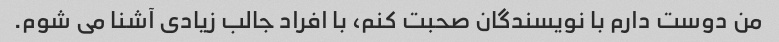
من دوست دارم با نویسندگان صحبت کنم، با افراد جالب زیادی آشنا می شوم.